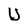
Character: U